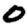
Digit: 0